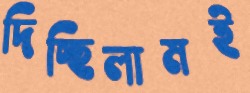
দিচ্ছিলামই